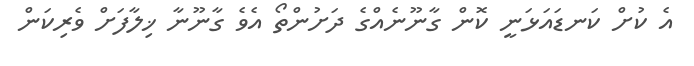
އެ ކުށް ކަނޑައަޅަނީ ކޮން ގާނޫނެއްގެ ދަށުންތޯ އެވެ ގާނޫނާ ޚިލާފަށް ވެރިކަން